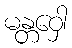
မန္တဝှေါ